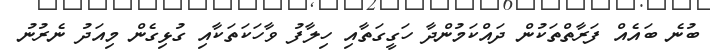
ބުނެ ބައެއް ފަރާތްތަކުން ދައްކަމުންދާ ހަގީގަތާއި ހިލާފު ވާހަކަތަކާއި ގުޅިގެން މިއަދު ނެރުނު